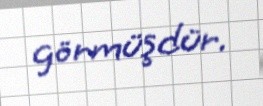
görmüşdür.